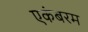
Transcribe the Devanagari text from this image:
एकंबरम